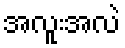
အလူးအလဲ